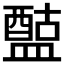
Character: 𥂰